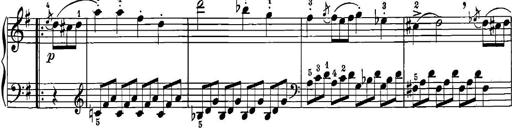
Title: 12 Sonatinas
Composer: Ignaz Pleyel